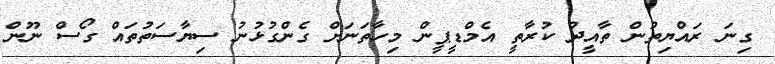
ގިނަ ރައްޔިތުން ތާއީދު ކުރާތީ އެމްޑީޕީން މިހާތަނަށް ގެންގުޅުނު ސިޔާސަތުތައް ގޯސް ނޫން